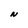
Character: N